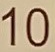
10